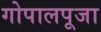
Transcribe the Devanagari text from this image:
गोपालपूजा